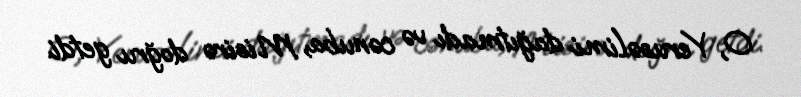
O, Yerusəlimi dağıtmadı və cənuba, Misirə doğru getdi.